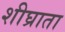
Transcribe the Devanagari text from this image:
शीघ्राता